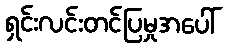
ရှင်းလင်းတင်ပြမှုအပေါ်